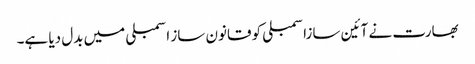
بھارت نے آئین سازاسمبلی کو قانون ساز اسمبلی میں بدل دیا ہے۔